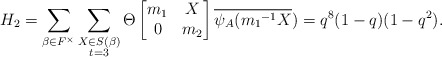
\begin{align*} H_2=\displaystyle \sum_{\beta \in F^{\times}} \sum_{\substack{X\in S(\beta) \\ t=3 }}\Theta \begin{bmatrix} m_1 & X\\0 & m_2\end{bmatrix}\overline{\psi_A({m_1}^{-1}X})=q^8(1-q)(1-q^2).\end{align*}